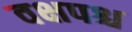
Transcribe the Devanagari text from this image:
वक्षपश्च